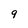
Character: 9